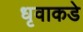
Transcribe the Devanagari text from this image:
धृवाकडे